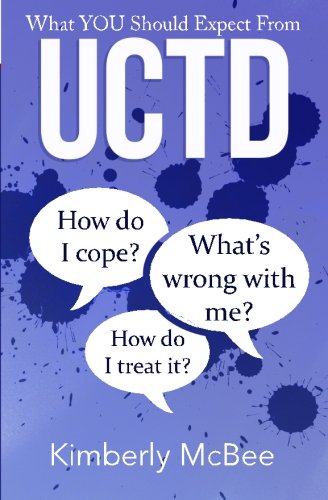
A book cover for What You Should Expect From UCTD: Learning to Live with Undifferentiated Connective Tissue Disease (Better Health Series) (Volume 1); Kimberly McBee; Health, Fitness & Dieting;